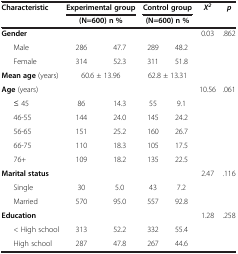
<table><thead><tr><td rowspan="2"><b>Characteristic</b></td><td colspan="2"><b>Experimental group</b></td><td colspan="2"><b>Control group</b></td><td rowspan="2"><b><i>X</i><sup><i>2</i></sup></b></td><td rowspan="2"><b><i>p</i></b></td></tr><tr><td colspan="2"><b>(N=600) n %</b></td><td colspan="2"><b>(N=600) n %</b></td></tr></thead><tbody><tr><td><b>Gender</b></td><td> </td><td> </td><td> </td><td> </td><td>0.03</td><td>.862</td></tr><tr><td>Male</td><td>286</td><td>47.7</td><td>289</td><td>48.2</td><td> </td><td> </td></tr><tr><td>Female</td><td>314</td><td>52.3</td><td>311</td><td>51.8</td><td> </td><td> </td></tr><tr><td><b>Mean age</b> (years)</td><td colspan="2">60.6 ± 13.96</td><td colspan="2">62.8 ± 13.31</td><td> </td><td> </td></tr><tr><td><b>Age</b> (years)</td><td> </td><td> </td><td> </td><td> </td><td>10.56</td><td>.061</td></tr><tr><td>≤ 45</td><td>86</td><td>14.3</td><td>55</td><td>9.1</td><td> </td><td> </td></tr><tr><td>46-55</td><td>144</td><td>24.0</td><td>145</td><td>24.2</td><td> </td><td> </td></tr><tr><td>56-65</td><td>151</td><td>25.2</td><td>160</td><td>26.7</td><td> </td><td> </td></tr><tr><td>66-75</td><td>110</td><td>18.3</td><td>105</td><td>17.5</td><td> </td><td> </td></tr><tr><td>76+</td><td>109</td><td>18.2</td><td>135</td><td>22.5</td><td> </td><td> </td></tr><tr><td><b>Marital status</b></td><td> </td><td> </td><td> </td><td> </td><td>2.47</td><td>.116</td></tr><tr><td>Single</td><td>30</td><td>5.0</td><td>43</td><td>7.2</td><td> </td><td> </td></tr><tr><td>Married</td><td>570</td><td>95.0</td><td>557</td><td>92.8</td><td> </td><td> </td></tr><tr><td><b>Education</b></td><td> </td><td> </td><td> </td><td> </td><td>1.28</td><td>.258</td></tr><tr><td>&lt; High school</td><td>313</td><td>52.2</td><td>332</td><td>55.4</td><td> </td><td> </td></tr><tr><td>High school</td><td>287</td><td>47.8</td><td>267</td><td>44.6</td><td> </td><td> </td></tr></tbody></table>